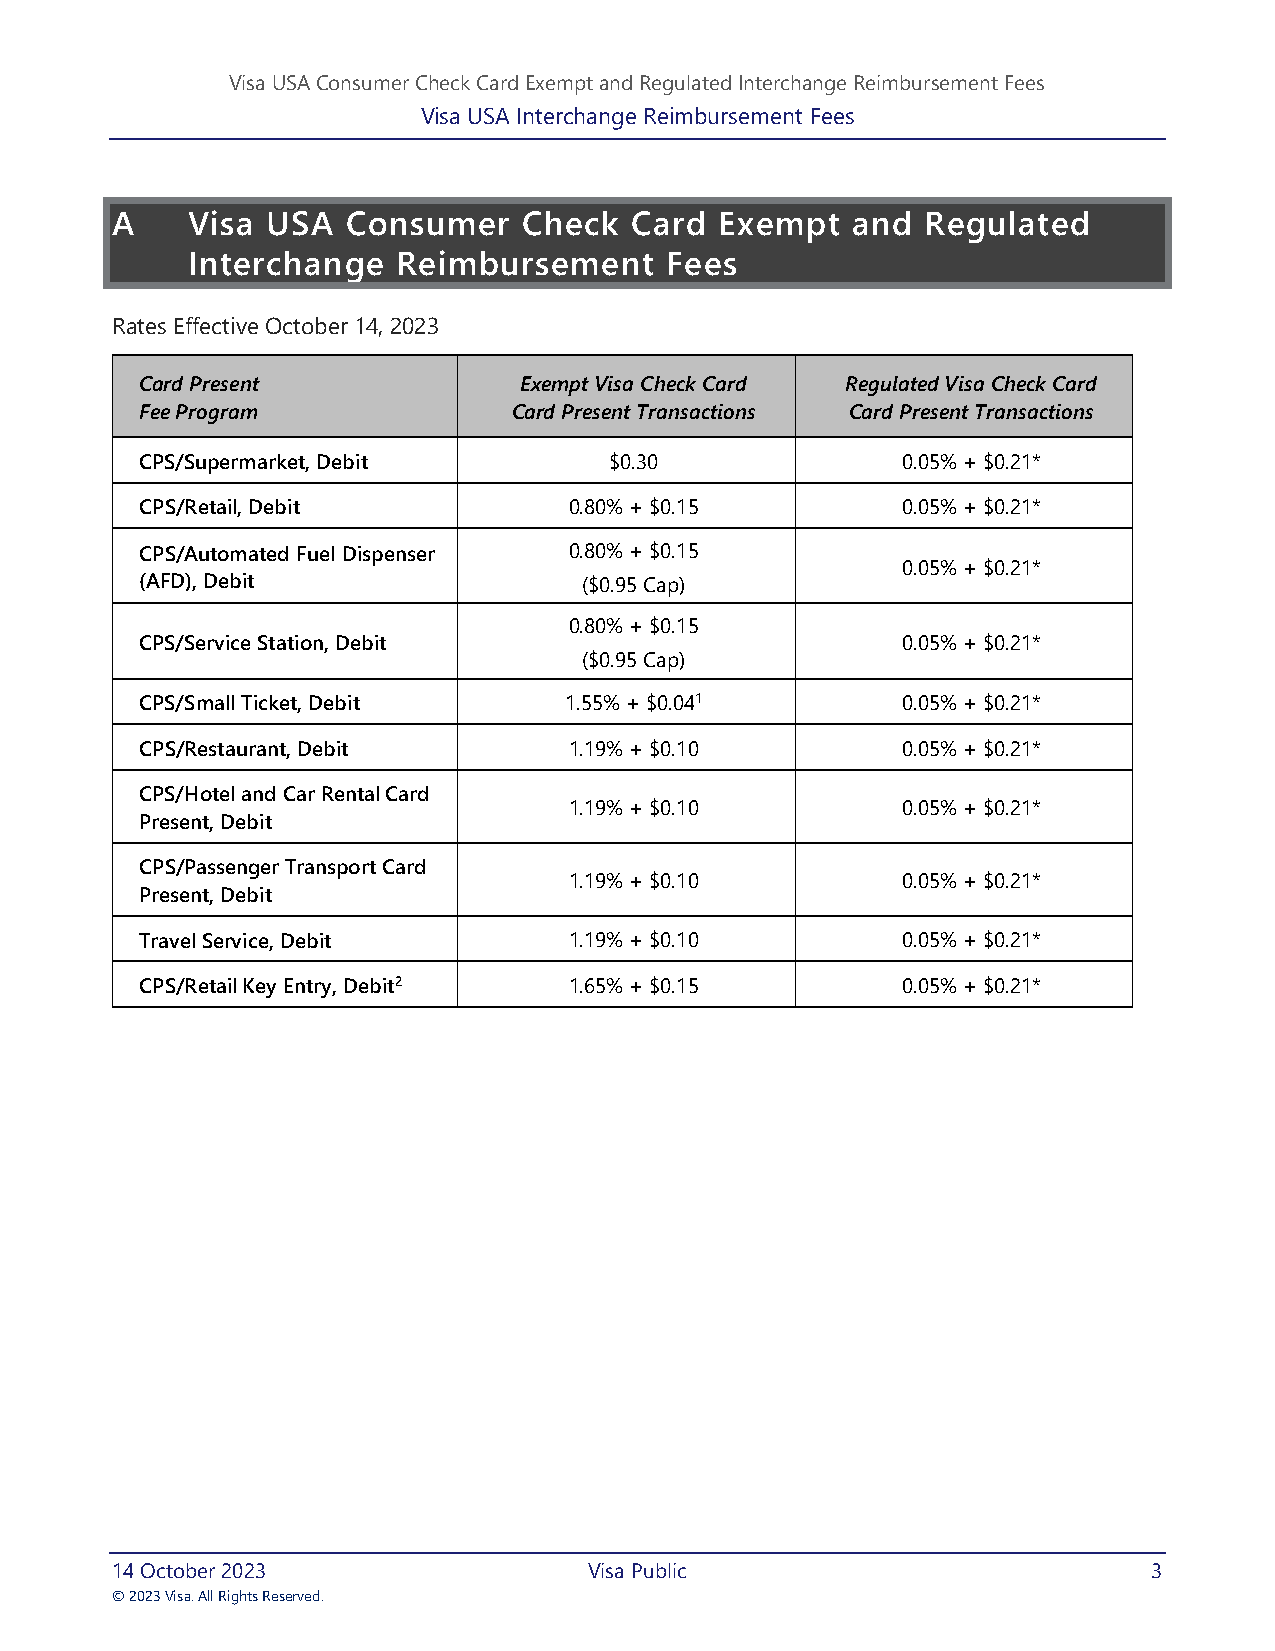
Visa USA Consumer Check Card Exempt and Regulated Interchange Reimbursement Fees
 Visa USA Interchange Reimbursement Fees
 A    Visa  USA  Consumer    Check  Card  Exempt  and  Regulated
 Interchange   Reimbursement     Fees
 Rates Effective October 14, 2023
 Card Present             Exempt Visa Check Card Regulated Visa Check Card
 Fee Program              Card Present Transactions Card Present Transactions
 CPS/Supermarket, Debit         $0.30               0.05% + $0.21*
 CPS/Retail, Debit            0.80% + $0.15         0.05% + $0.21*
 CPS/Automated Fuel Dispenser 0.80% + $0.15
 0.05% + $0.21*
 (AFD), Debit                  ($0.95 Cap)
 0.80% + $0.15
 CPS/Service Station, Debit                         0.05% + $0.21*
 ($0.95 Cap)
 CPS/Small Ticket, Debit     1.55% + $0.041         0.05% + $0.21*
 CPS/Restaurant, Debit        1.19% + $0.10         0.05% + $0.21*
 CPS/Hotel and Car Rental Card
 1.19% + $0.10         0.05% + $0.21*
 Present, Debit
 CPS/Passenger Transport Card
 1.19% + $0.10         0.05% + $0.21*
 Present, Debit
 Travel Service, Debit        1.19% + $0.10         0.05% + $0.21*
 CPS/Retail Key Entry, Debit2 1.65% + $0.15         0.05% + $0.21*
 14 October 2023                 Visa Public                          3
 © 2023 Visa. All Rights Reserved.